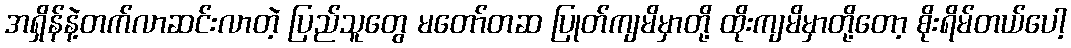
အရှိန်နဲ့တက်လာဆင်းလာတဲ့ ပြည်သူတွေ မတော်တဆ ပြုတ်ကျမိမှာတို့ ထိုးကျမိမှာတို့တော့ စိုးရိမ်တယ်ပေါ့